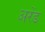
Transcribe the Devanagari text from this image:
अरेंड